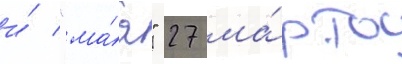
и́ "ма́я" 27 ма́рта